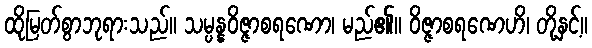
ထိုမြတ်စွာဘုရားသည်။ သမ္ပန္နဝိဇ္ဇာစရဏော၊ မည်၏။ ဝိဇ္ဇာစရဏေဟိ၊ တို့နှင့်။